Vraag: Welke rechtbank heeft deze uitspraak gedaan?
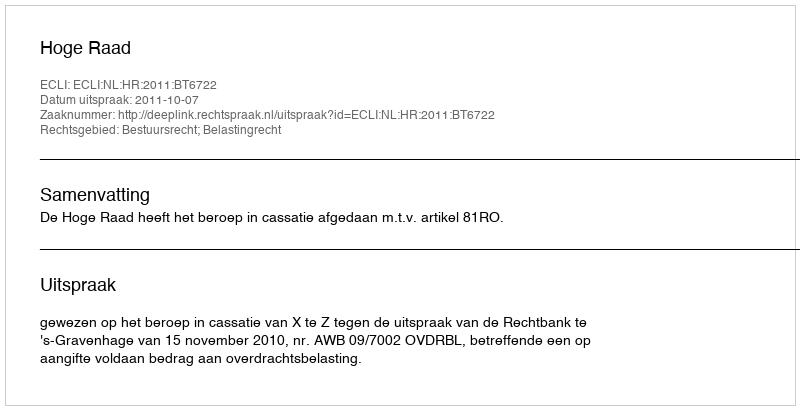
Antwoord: Hoge Raad